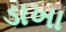
ડાખા